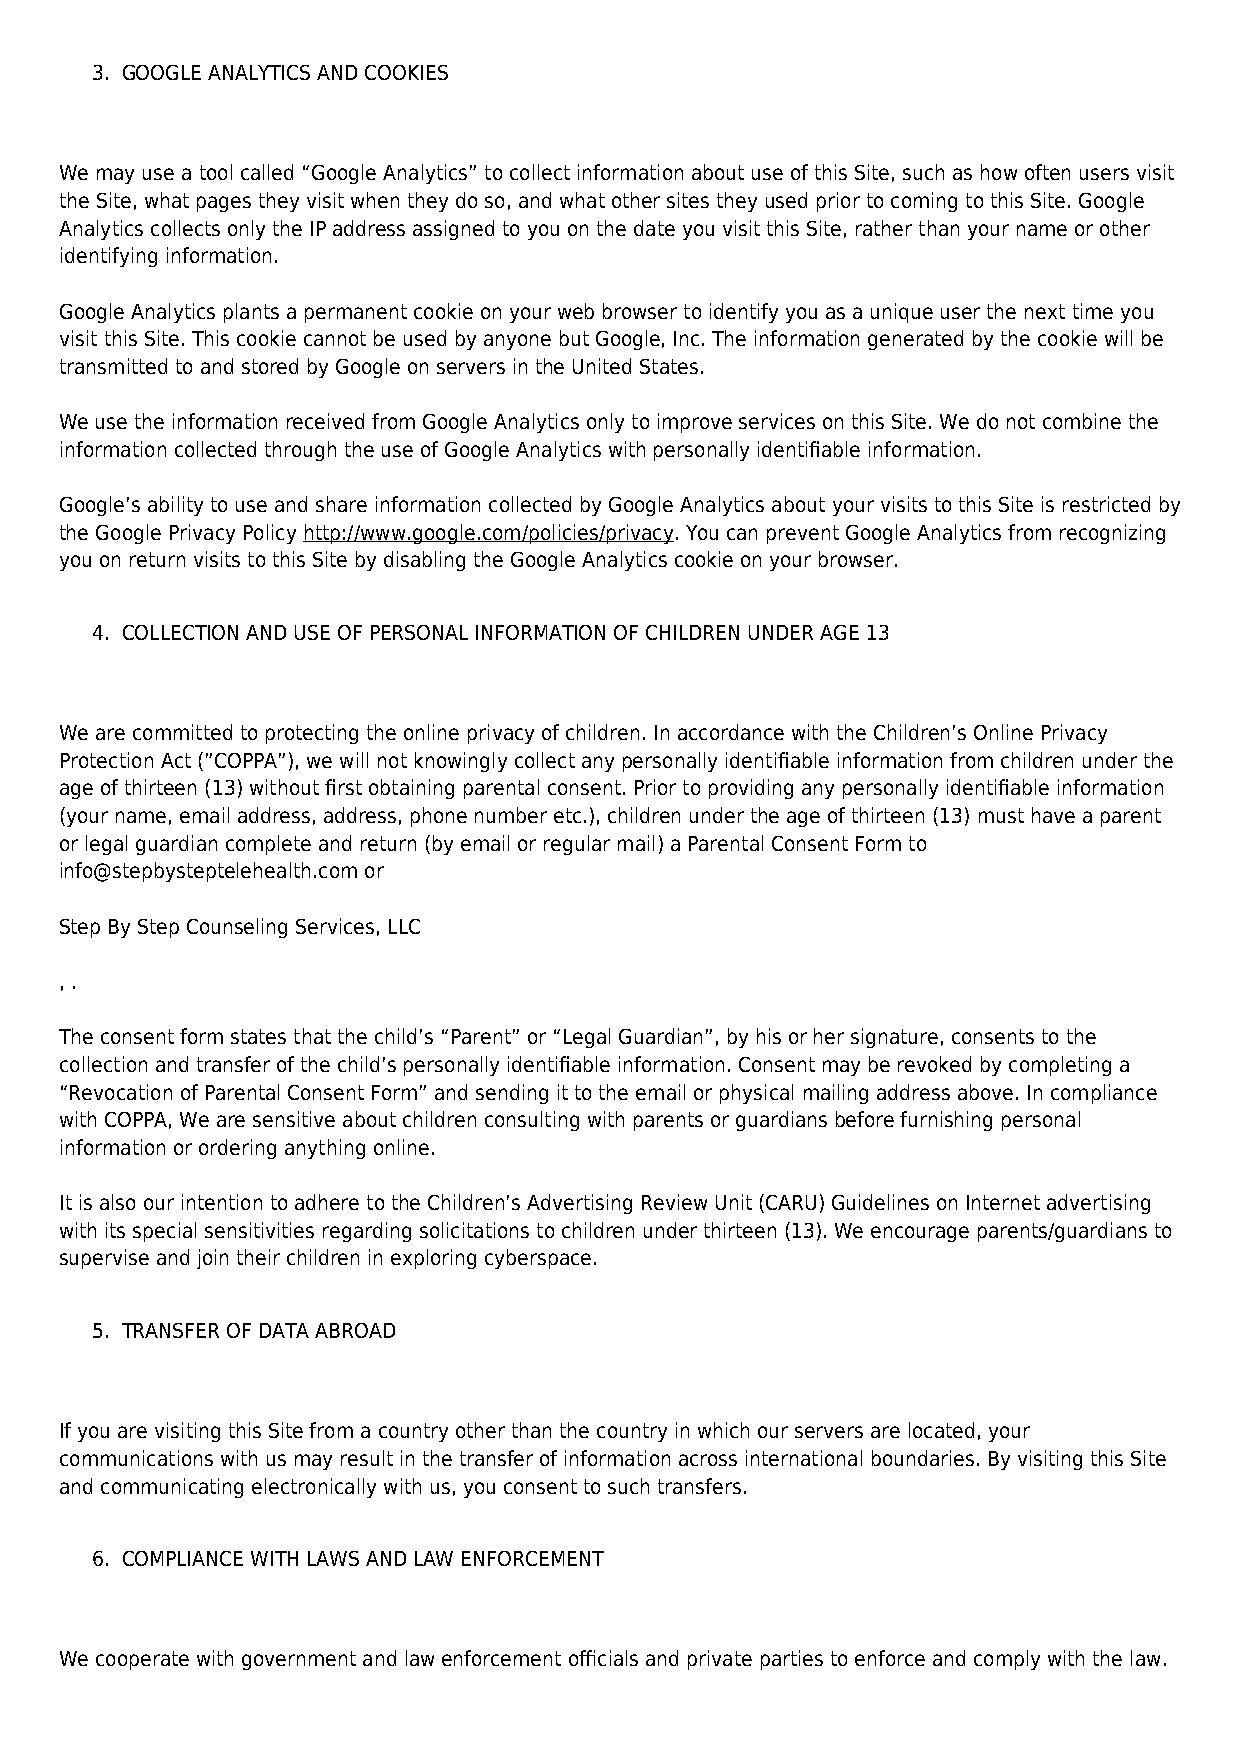
3. GOOGLE ANALYTICS AND COOKIES
 We may use a tool called “Google Analytics” to collect information about use of this Site, such as how often users visit
 the Site, what pages they visit when they do so, and what other sites they used prior to coming to this Site. Google
 Analytics collects only the IP address assigned to you on the date you visit this Site, rather than your name or other
 identifying information.
 Google Analytics plants a permanent cookie on your web browser to identify you as a unique user the next time you
 visit this Site. This cookie cannot be used by anyone but Google, Inc. The information generated by the cookie will be
 transmitted to and stored by Google on servers in the United States.
 We use the information received from Google Analytics only to improve services on this Site. We do not combine the
 information collected through the use of Google Analytics with personally identifiable information.
 Google’s ability to use and share information collected by Google Analytics about your visits to this Site is restricted by
 the Google Privacy Policy http://www.google.com/policies/privacy. You can prevent Google Analytics from recognizing
 you on return visits to this Site by disabling the Google Analytics cookie on your browser.
 4. COLLECTION AND USE OF PERSONAL INFORMATION OF CHILDREN UNDER AGE 13
 We are committed to protecting the online privacy of children. In accordance with the Children’s Online Privacy
 Protection Act (”COPPA”), we will not knowingly collect any personally identifiable information from children under the
 age of thirteen (13) without first obtaining parental consent. Prior to providing any personally identifiable information
 (your name, email address, address, phone number etc.), children under the age of thirteen (13) must have a parent
 or legal guardian complete and return (by email or regular mail) a Parental Consent Form to
 info@stepbysteptelehealth.com or
 Step By Step Counseling Services, LLC
 , .
 The consent form states that the child’s “Parent” or “Legal Guardian”, by his or her signature, consents to the
 collection and transfer of the child’s personally identifiable information. Consent may be revoked by completing a
 “Revocation of Parental Consent Form” and sending it to the email or physical mailing address above. In compliance
 with COPPA, We are sensitive about children consulting with parents or guardians before furnishing personal
 information or ordering anything online.
 It is also our intention to adhere to the Children’s Advertising Review Unit (CARU) Guidelines on Internet advertising
 with its special sensitivities regarding solicitations to children under thirteen (13). We encourage parents/guardians to
 supervise and join their children in exploring cyberspace.
 5. TRANSFER OF DATA ABROAD
 If you are visiting this Site from a country other than the country in which our servers are located, your
 communications with us may result in the transfer of information across international boundaries. By visiting this Site
 and communicating electronically with us, you consent to such transfers.
 6. COMPLIANCE WITH LAWS AND LAW ENFORCEMENT
 We cooperate with government and law enforcement officials and private parties to enforce and comply with the law.